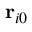
\mathbf { r } _ { i 0 }